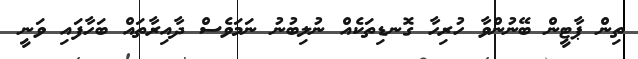
ތިން ޕާޓީން ބޭނުންވާ ހުރިހާ ގޮނޑިތަކެއް ނުލިބުނު ނަމަވެސް ދާއިރާތައް ބަހާފައި ވަނީ